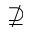
\nsupseteq